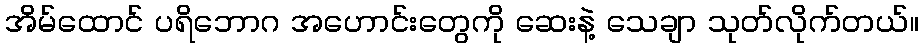
အိမ်ထောင် ပရိဘောဂ အဟောင်းတွေကို ဆေးနဲ့ သေချာ သုတ်လိုက်တယ်။